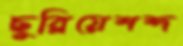
ছুব্‌লিয়েশব্দ